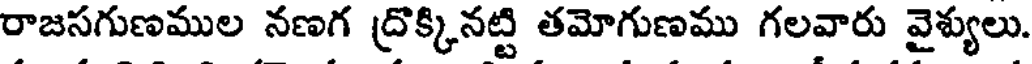
రాజసగుణముల నణగ ద్రొక్కినట్టి తమోగుణము గలవారు వైశ్యులు.